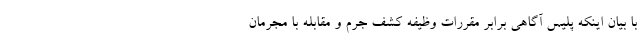
با بیان اینکه پلیس آگاهی برابر مقررات وظیفه کشف جرم و مقابله با مجرمان